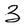
Character: 3